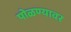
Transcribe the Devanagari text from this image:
पोळण्यावर